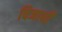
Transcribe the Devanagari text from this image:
विजायी